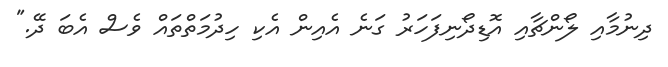
ދިނުމާއި ލޯންޗާއި އޮޑިދޯނިފަހަރު ގަނެ އެއިން އެކި ހިދުމަތްތައް ވެސް އެބަ ދޭ."